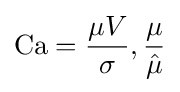
\mathrm {Ca} ={\frac {\mu V}{\sigma }},{\frac {\mu }{\hat {\mu }}}